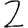
Digit: 2